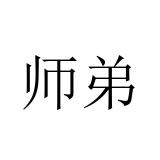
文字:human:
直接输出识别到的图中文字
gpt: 师弟